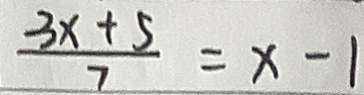
\frac { 3 x + 5 } { 7 } = x - 1